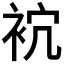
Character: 𧙇